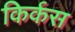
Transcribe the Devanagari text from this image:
किर्कस